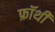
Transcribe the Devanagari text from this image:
फ्रॉथी